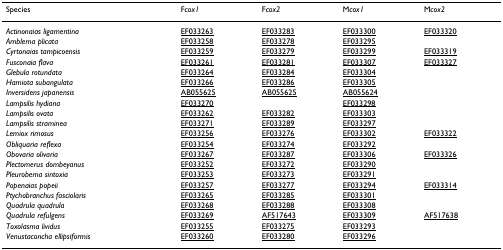
<table><thead><tr><td><b>Species</b></td><td><b>F<i>cox1</i></b></td><td><b>F<i>cox2</i></b></td><td><b>M<i>cox1</i></b></td><td><b>M<i>cox2</i></b></td></tr></thead><tbody><tr><td><i>Actinonaias ligamentina</i></td><td>EF033263</td><td>EF033283</td><td>EF033300</td><td>EF033320</td></tr><tr><td><i>Amblema plicata</i></td><td>EF033258</td><td>EF033278</td><td>EF033295</td><td>[EMPTY_CELL]</td></tr><tr><td><i>Cyrtonaias tampicoensis</i></td><td>EF033259</td><td>EF033279</td><td>EF033299</td><td>EF033319</td></tr><tr><td><i>Fusconaia flava</i></td><td>EF033261</td><td>EF033281</td><td>EF033307</td><td>EF033327</td></tr><tr><td><i>Glebula rotundata</i></td><td>EF033264</td><td>EF033284</td><td>EF033304</td><td>[EMPTY_CELL]</td></tr><tr><td><i>Hamiota subangulata</i></td><td>EF033266</td><td>EF033286</td><td>EF033305</td><td>[EMPTY_CELL]</td></tr><tr><td><i>Inversidens japanensis</i></td><td>AB055625</td><td>AB055625</td><td>AB055624</td><td>[EMPTY_CELL]</td></tr><tr><td><i>Lampsilis hydiana</i></td><td>EF033270</td><td>[EMPTY_CELL]</td><td>EF033298</td><td>[EMPTY_CELL]</td></tr><tr><td><i>Lampsilis ovata</i></td><td>EF033262</td><td>EF033282</td><td>EF033303</td><td>[EMPTY_CELL]</td></tr><tr><td><i>Lampsilis straminea</i></td><td>EF033271</td><td>EF033289</td><td>EF033297</td><td>[EMPTY_CELL]</td></tr><tr><td><i>Lemiox rimosus</i></td><td>EF033256</td><td>EF033276</td><td>EF033302</td><td>EF033322</td></tr><tr><td><i>Obliquaria reflexa</i></td><td>EF033254</td><td>EF033274</td><td>EF033292</td><td>[EMPTY_CELL]</td></tr><tr><td><i>Obovaria olivaria</i></td><td>EF033267</td><td>EF033287</td><td>EF033306</td><td>EF033326</td></tr><tr><td><i>Plectomerus dombeyanus</i></td><td>EF033252</td><td>EF033272</td><td>EF033290</td><td>[EMPTY_CELL]</td></tr><tr><td><i>Pleurobema sintoxia</i></td><td>EF033253</td><td>EF033273</td><td>EF033291</td><td>[EMPTY_CELL]</td></tr><tr><td><i>Popenaias popeii</i></td><td>EF033257</td><td>EF033277</td><td>EF033294</td><td>EF033314</td></tr><tr><td><i>Ptychobranchus fasciolaris</i></td><td>EF033265</td><td>EF033285</td><td>EF033301</td><td>[EMPTY_CELL]</td></tr><tr><td><i>Quadrula quadrula</i></td><td>EF033268</td><td>EF033288</td><td>EF033308</td><td>[EMPTY_CELL]</td></tr><tr><td><i>Quadrula refulgens</i></td><td>EF033269</td><td>AF517643</td><td>EF033309</td><td>AF517638</td></tr><tr><td><i>Toxolasma lividus</i></td><td>EF033255</td><td>EF033275</td><td>EF033293</td><td>[EMPTY_CELL]</td></tr><tr><td><i>Venustaconcha ellipsiformis</i></td><td>EF033260</td><td>EF033280</td><td>EF033296</td><td>[EMPTY_CELL]</td></tr></tbody></table>